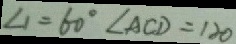
\angle 1 = 6 0 ^ { \circ } \angle A C D = 1 2 0